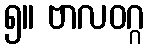
၅။ ဗာလဝဂ္ဂ